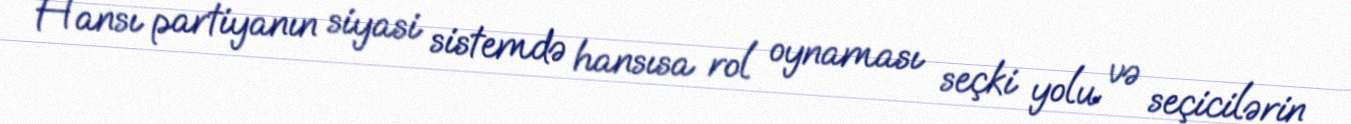
Hansı partiyanın siyasi sistemdə hansısa rol oynaması seçki yolu və seçicilərin